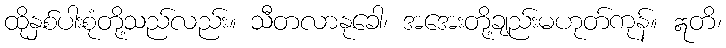
ထိုနှစ်ပါးစုံတို့သည်လည်း။ သီတလာနုခေါ၊ အအေးတို့ချည်းမဟုတ်ကုန်။ ဣတိ၊